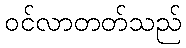
ဝင်လာတတ်သည်